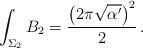
LaTeX: \begin{align*} \int_{\Sigma_2}B_2=\frac{\left(2\pi\sqrt{\alpha'}\right)^2}{2}\,.\end{align*}